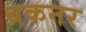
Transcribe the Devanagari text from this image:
ब्रकनर